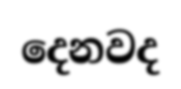
දෙනවද